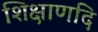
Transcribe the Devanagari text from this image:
शिक्षाणदि